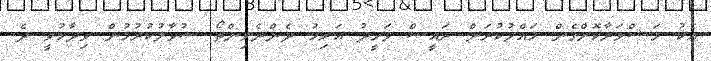
އެކު މަޝްވަރާކޮށްގެން ހައްލުކުރަން ރައީސް ވަހީދު އަރިހު ދެންނެވިންތޯ ސުވާލުކުރުމުން ވިދާޅުވީ ދެ